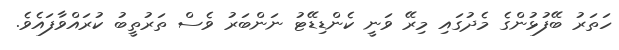
ހަތަރު ބޭފުޅުންގެ މެދުގައި މިރޭ ވަނީ ކެންޑިޑޭޓު ނަންބަރު ވެސް ތަރުތީބު ކުރައްވާފައެވެ.